Elephants and their diseases
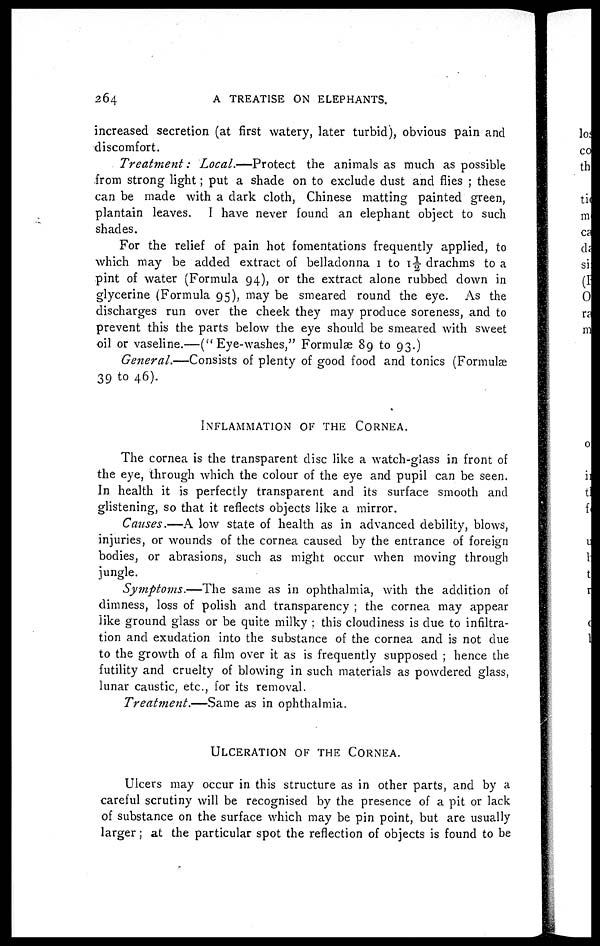
264
A TREATISE ON ELEPHANTS.
increased secretion (at first watery, later turbid), obvious pain and
discomfort.
Treatment:
Local.—Protect
the animals as much as possible
from strong light ; put a shade on to exclude dust and flies ; these
can be made with a dark cloth, Chinese matting painted green,
plantain leaves. I have never found an elephant object to such
shades.
For the relief of pain hot fomentations frequently applied, to
which may be added extract of belladonna 1 to 1½ drachms to a
pint of water (Formula 94), or the extract alone rubbed down in
glycerine (Formula 95), may be smeared round the eye. As the
discharges run over the cheek they may produce soreness, and to
prevent this the parts below the eye should be smeared with sweet
oil or vaseline.—("Eye-washes," Formulae 89 to 93.)
General.—Consists of plenty of good food and tonics (Formulae
39 to 46).
INFLAMMATION OF THE CORNEA.
The cornea is the transparent disc like a watch-glass in front of
the eye, through which the colour of the eye and pupil can be seen.
In health it is perfectly transparent and its surface smooth and
glistening, so that it reflects objects like a mirror.
Causes.—A low state of health as in advanced debility, blows,
injuries, or wounds of the cornea caused by the entrance of foreign
bodies, or abrasions, such as might occur when moving through
jungle.
Symptoms.—The
same as in ophthalmia, with the addition of
dimness, loss of polish and transparency ; the cornea may appear
like ground glass or be quite milky ; this cloudiness is due to infiltra-
tion and exudation into the substance of the cornea and is not due
to the growth of a film over it as is frequently supposed ; hence the
futility and cruelty of blowing in such materials as powdered glass,
lunar caustic, etc., for its removal.
Treatment.—Same
as in ophthalmia.
ULCERATION OF THE CORNEA.
Ulcers may occur in this structure as in other parts, and by a
careful scrutiny will be recognised by the presence of a pit or lack
of substance on the surface which may be pin point, but are usually
larger ; at the particular spot the reflection of objects is found to be